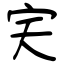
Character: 宎